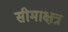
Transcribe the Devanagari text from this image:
सीमाक्षत्र